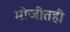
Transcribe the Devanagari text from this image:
मोजीतही